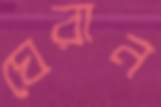
ঘেরান